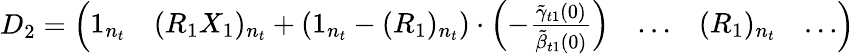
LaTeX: \begin{array}{r}{D_{2}=\left(\begin{array}{lllll}{1_{n_{t}}}&{(R_{1}X_{1})_{n_{t}}+(1_{n_{t}}-(R_{1})_{n_{t}})\cdot\left(-\frac{\tilde{\gamma}_{t1}(0)}{\tilde{\beta}_{t1}(0)}\right)}&{\dots}&{(R_{1})_{n_{t}}}&{\dots}\end{array}\right)}\end{array}